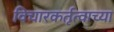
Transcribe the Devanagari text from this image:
विचारकर्तृत्वाच्या